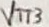
Text: VTT3